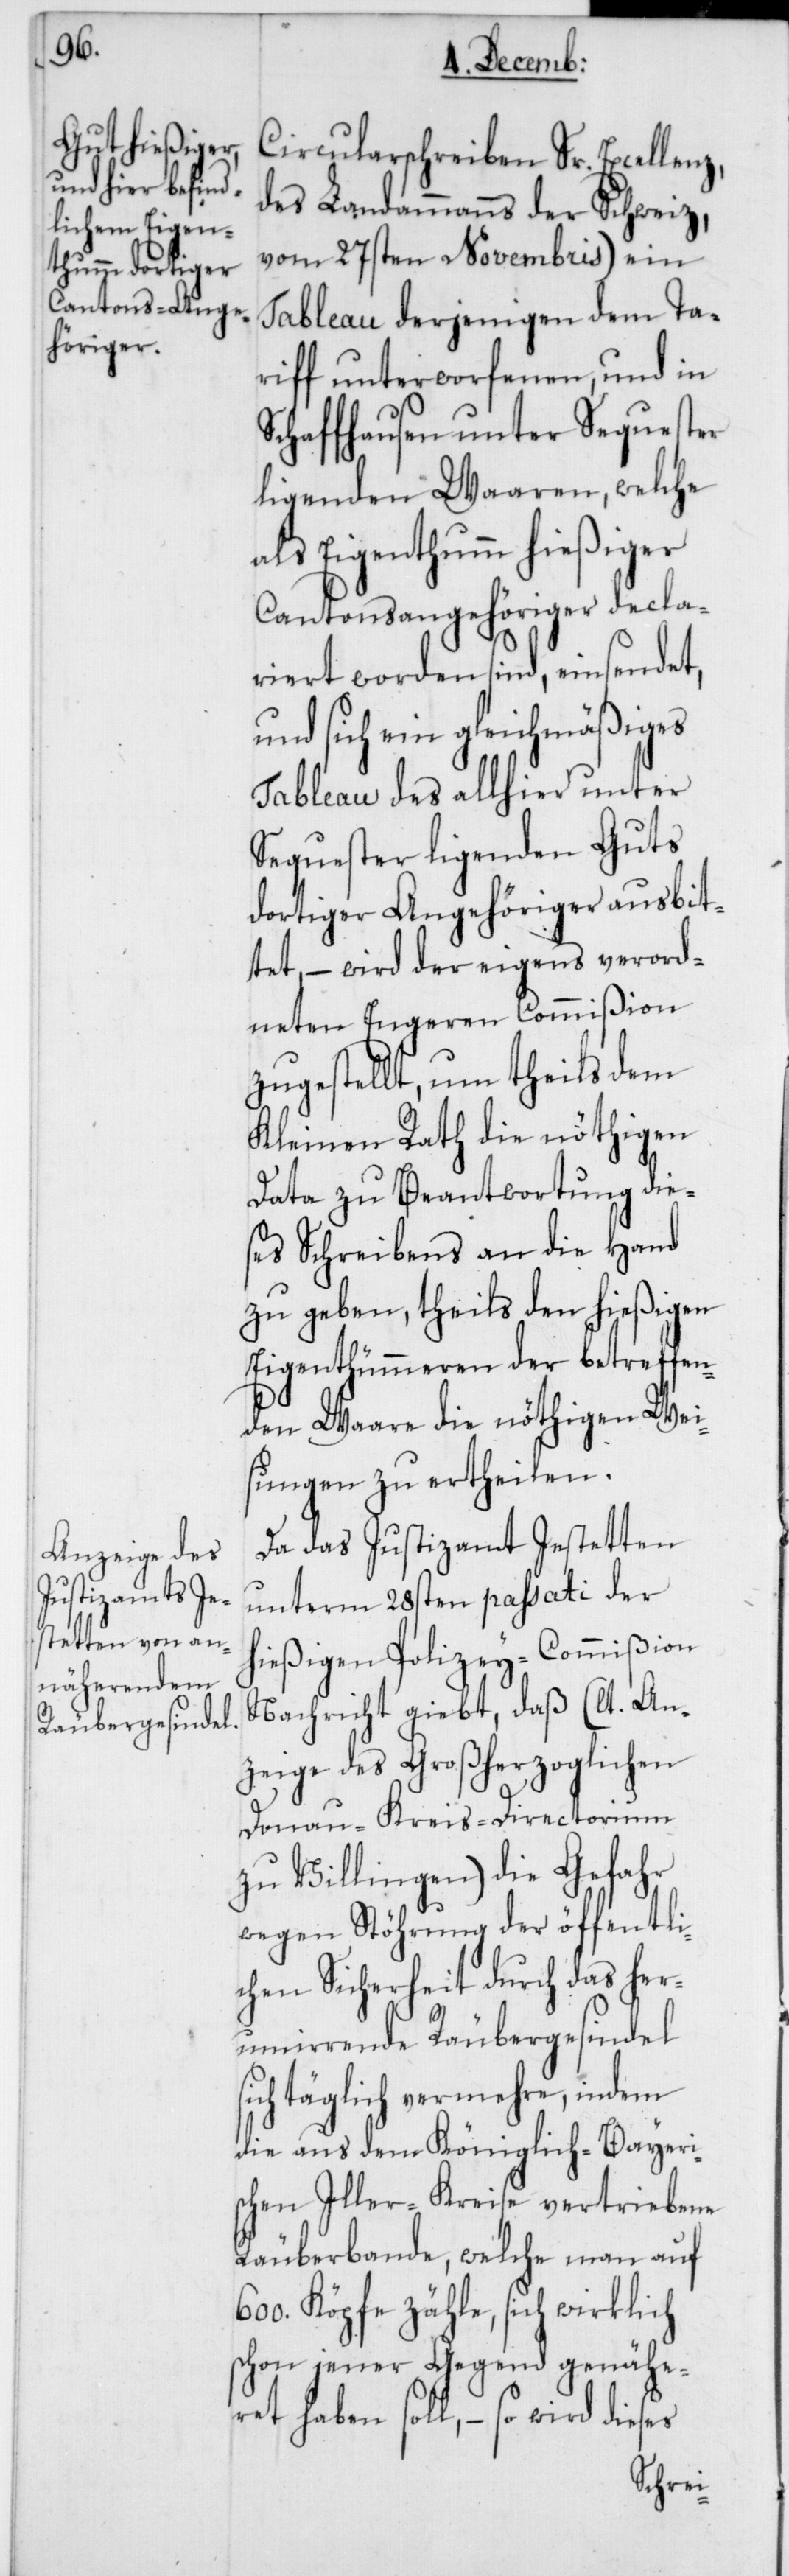
s¬

Circularschreiben Sr. Excellenz,
des Landammanns der Schweiz,
vom 27sten Novembris) ein
Tableau derjenigen dem Ta¬
riff unterworfenen, und in
Schaffhausen unter Sequester
ligenden Waaren, welche
als Eigenthum hießiger
Cantonsangehöriger decla¬
riert worden sind, einsendet,
und sich ein gleichmäßiges
Tableau des allhier unter
Sequester ligenden Guts
dortiger Angehöriger ausbit¬
tet, – wird der eigens verord¬
neten Engeren Commißion
zugestellt, um theils dem
Kleinen Rath die nöthigen
Data zu Beantwortung die¬
ses Schreibens an die Hand
zu geben, theils den hießigen
Eigentümeren der betreffen¬
den Waare die nöthigen Wei¬
sungen zu ertheilen.
Da das Justizamt Jesetten
unterm 28sten passati der
hießigen Polizey-Commißion
Nachricht giebt, daß (lt. An¬
zeige des Großherzoglichen
Donau-Kreis-Directorium
zu Villingen) die Gefahr
wegen Stöhrung der öffentli¬
chen Sicherheit durch das her¬
umirrende Räubergesindel
ich täglich vermehre, indem
die aus dem Königlich-Bayeri¬
schen Iller-Kreise vertriebene
Räuberbande, welche man auf
600. Köpfe zähle, sich wirklich
schon jener Gegend genähe¬
ret haben soll, – so wird